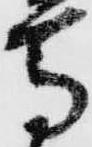
馬